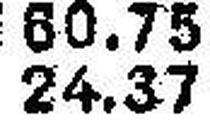
24.37